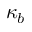
\kappa _ { b }